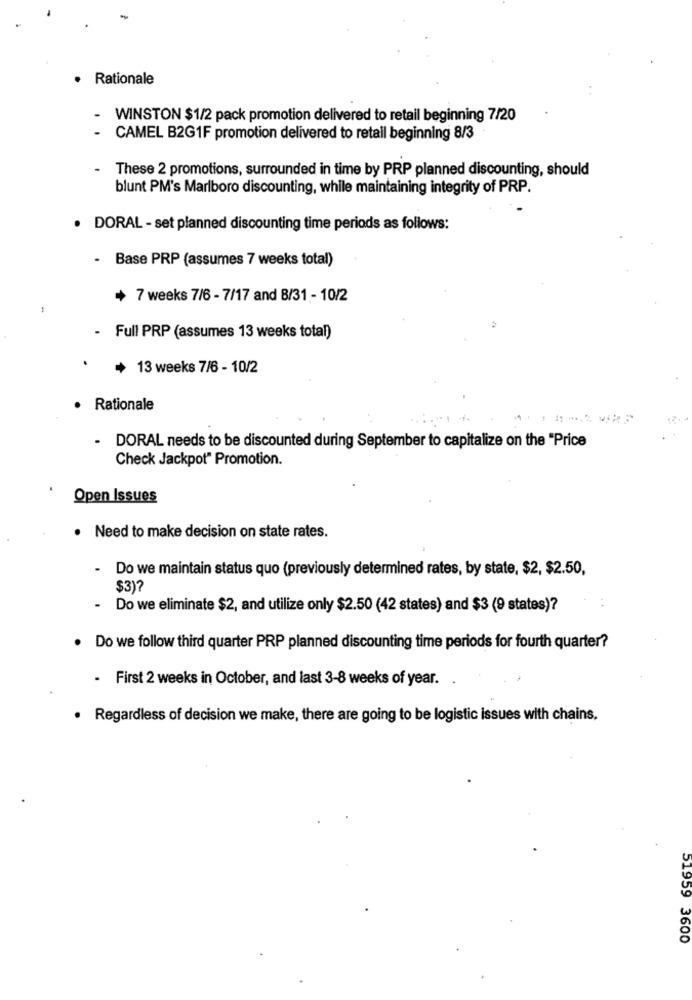
· Rationale
WINSTON $1/2 pack promotion delivered to retail beginning 7/20
CAMEL B2G1F promotion delivered to retall beginning 8/3
These 2 promotions, surrounded in time by PRP planned discounting, should
blunt PM's Marlboro discounting, while maintaining integrity of PRP.
· DORAL - set planned discounting time periods as follows:
- Base PRP (assumes 7 weeks total)
+ 7 weeks 7/6 - 7/17 and 8/31 - 10/2
Full PRP (assumes 13 weeks total)
+ 13 weeks 7/6 - 10/2
· Rationale
.
DORAL needs to be discounted during September to capitalize on the "Price
Check Jackpot" Promotion.
Open Issues
· Need to make decision on state rates.
.
Do we maintain status quo (previously determined rates, by state, $2, $2.50,
$3)?
.
Do we eliminate $2, and utilize only $2.50 (42 states) and $3 (9 states)?
Do we follow third quarter PRP planned discounting time periods for fourth quarter?
. First 2 weeks in October, and last 3-8 weeks of year. .
. Regardless of decision we make, there are going to be logistic issues with chains.
51959 3600